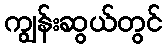
ကျွန်းဆွယ်တွင်